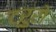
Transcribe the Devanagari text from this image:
ट्रुरो